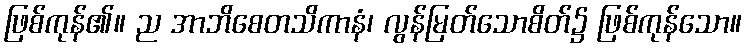
ဖြစ်ကုန်၏။ ည အာဘိစေတသိကာနံ၊ လွန်မြတ်သောစိတ်၌ ဖြစ်ကုန်သော။